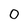
Character: 0